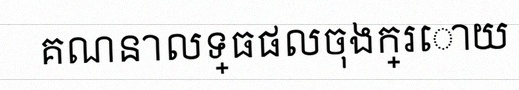
គណនាលទ្ធផលចុងក្រោយ